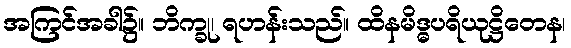
အကြင်အခါ၌။ ဘိက္ခု၊ ရဟန်းသည်။ ထိနမိဒ္ဓပရိယုဋ္ဌိတေန၊